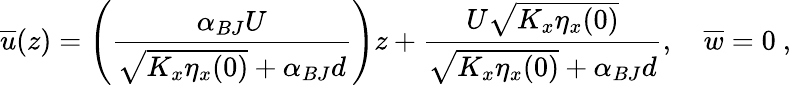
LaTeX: \overline{{u}}(z)=\left(\frac{\alpha_{BJ}U}{\sqrt{K_{x}\eta_{x}(0)}+\alpha_{BJ}d}\right)z+\frac{U\sqrt{K_{x}\eta_{x}(0)}}{\sqrt{K_{x}\eta_{x}(0)}+\alpha_{BJ}d},\quad\overline{{w}}=0~,